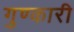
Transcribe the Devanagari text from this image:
गुण्कारी